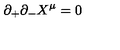
\partial _ { + } \partial _ { - } X ^ { \mu } = 0